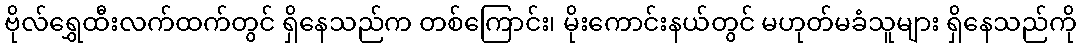
ဗိုလ်ရွှေထီးလက်ထက်တွင် ရှိနေသည်က တစ်ကြောင်း၊ မိုးကောင်းနယ်တွင် မဟုတ်မခံသူများ ရှိနေသည်ကို